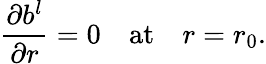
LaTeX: \frac{\partial b^{l}}{\partial r}=0\quad\mathrm{at}\quad r=r_{0}.